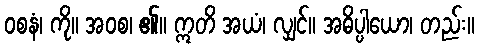
ဝစနံ၊ ကို။ အဝစ၊ ၏။ ဣတိ အယံ၊ လျှင်။ အဓိပ္ပါယော၊ တည်း။